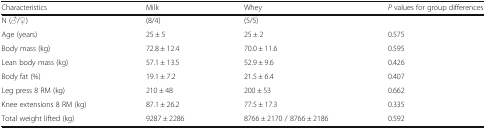
| Characteristics | Milk | Whey | P values for group differences |
 | --- | --- | --- | --- |
 | N (♂/♀) | (8/4) | (5/5) |  |
 | Age (years) | 25 ± 5 | 25 ± 2 | 0.575 |
 | Body mass (kg) | 72.8 ± 12.4 | 70.0 ± 11.6 | 0.595 |
 | Lean body mass (kg) | 57.1 ± 13.5 | 52.9 ± 9.6 | 0.426 |
 | Body fat (%) | 19.1 ± 7.2 | 21.5 ± 6.4 | 0.407 |
 | Leg press 8 RM (kg) | 210 ± 48 | 200 ± 53 | 0.662 |
 | Knee extensions 8 RM (kg) | 87.1 ± 26.2 | 77.5 ± 17.3 | 0.335 |
 | Total weight lifted (kg) | 9287 ± 2286 | 8766 ± 2170 / 8766 ± 2186 | 0.592 |